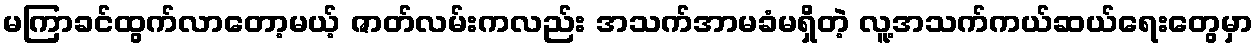
မကြာခင်ထွက်လာတော့မယ့် ဇာတ်လမ်းကလည်း အသက်အာမခံမရှိတဲ့ လူ့အသက်ကယ်ဆယ်ရေးတွေမှာ